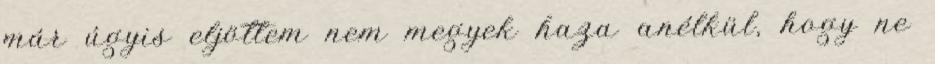
már úgyis eljöttem nem megyek haza anélkül, hogy ne